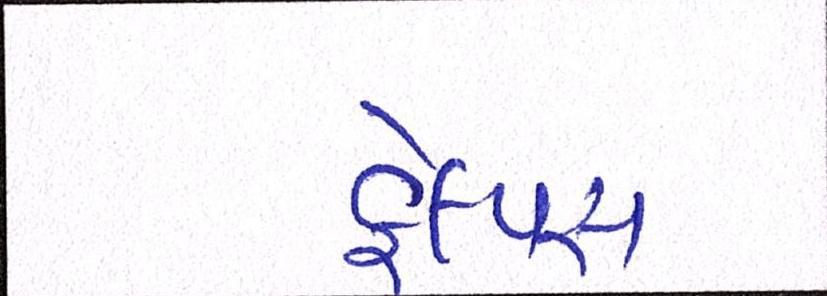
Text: ફેલ્પ્સ